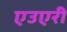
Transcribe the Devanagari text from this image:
एउएरी